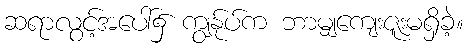
ဆရာလွင့်အပေါ်၌ ကျွန်ုပ်က ဘာမျှကျေးဇူးမရှိခဲ့။